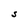
Character: S